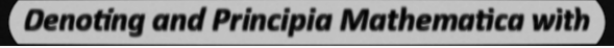
Denoting and Principia Mathematica with